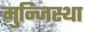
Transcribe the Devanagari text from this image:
मुन्जिस्था